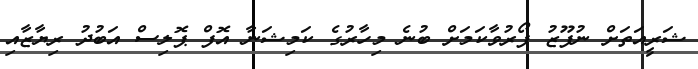
ޝަރީއަތަށް ނުފޫޒު ފޯރުވާކަމަށް ބުނެ މިހާރުގެ ކަމިޝަނާ އޮފް ޕޮލިސް އަބުދު ރިޔާޒާއި